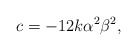
\begin{align*} c={-12k\alpha^2 \beta^2},\end{align*}